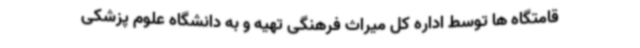
قامتگاه ها توسط اداره کل میراث فرهنگی تهیه و به دانشگاه علوم پزشکی